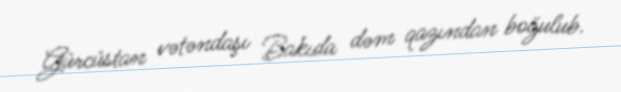
Gürcüstan vətəndaşı Bakıda dəm qazından boğulub.